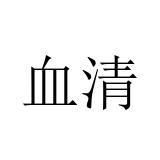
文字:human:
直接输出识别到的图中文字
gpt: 血清